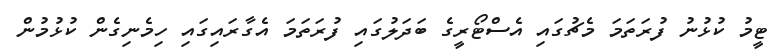
ޓީމު ކުޅުނު ފުރަތަމަ މެޗުގައި އެސްޓޯރީގެ ބަދަލުގައި ފުރަތަމަ އެގާރައިގައި ހިމެނިގެން ކުޅުމުން